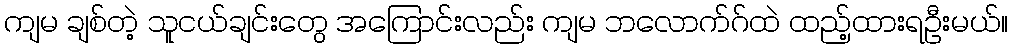
ကျမ ချစ်တဲ့ သူငယ်ချင်းတွေ အကြောင်းလည်း ကျမ ဘလောက်ဂ်ထဲ ထည့်ထားရဦးမယ်။